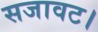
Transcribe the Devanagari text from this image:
सजावट।